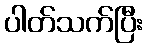
ပါတ်သက်ပြီး